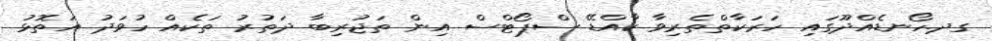
ގދ.ހޯނޑެއްދޫގައި ހަރަކާތްތެރިވާ ކާއްޑޭ ސްޕޯޓްސް އިން ތަޖުރިބާ ދަތުރު ތަކެއް ހުވަދު އަތޮޅު